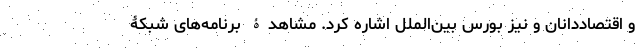
و اقتصاددانان و نیز بورس بین‌الملل اشاره کرد. مشاهدۀ برنامه‌های شبکۀ